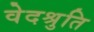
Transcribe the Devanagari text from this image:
वेदश्रुति